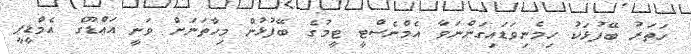
ހަތަރު ބޭފުޅަކު ހިމެނިވަޑައިގަންނަވާ އެމްނެސްޓީ ޓީމުގެ ބޭފުޅުން މިހާތަނަށް ވަނީ އައްޑޫގެ އެމްޑީޕީ